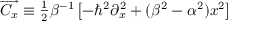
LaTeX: \overrightarrow { C _ { x } } \equiv \frac { { } _ { 1 } } { { } ^ { 2 } } \beta ^ { - 1 } \left[ - \hbar ^ { 2 } \partial _ { x } ^ { 2 } + ( \beta ^ { 2 } - \alpha ^ { 2 } ) x ^ { 2 } \right]